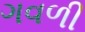
ગવળી